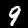
Label: 9